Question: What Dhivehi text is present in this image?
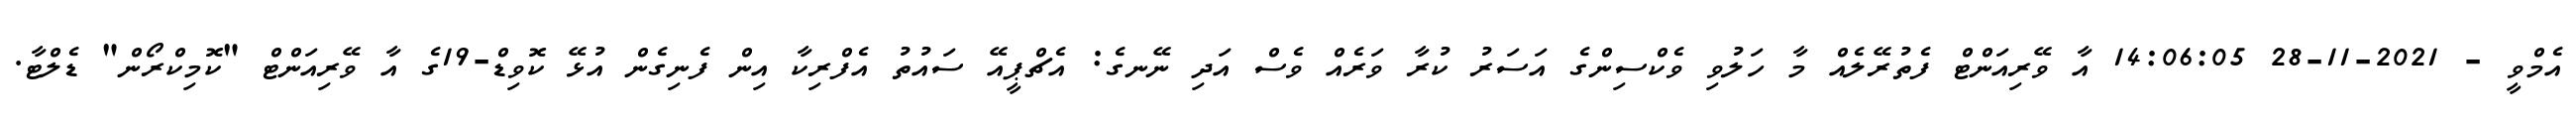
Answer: އެމްވީ - 2021-11-28 14:06:05 އާ ވޭރިއަންޓް ފެތުރޭލެއް މާ ހަލުވި ވެކްސިންގެ އަސަރު ކުރާ ވަރެއް ވެސް އަދި ނޭނގެ: އެޗްޕީއޭ ސައުތު އެފްރިކާ އިން ފެނިގެން އުޅޭ ކޮވިޑް-19ގެ އާ ވޭރިއަންޓް "ކޮމިކްރޯން" ޑެލްޓާ.